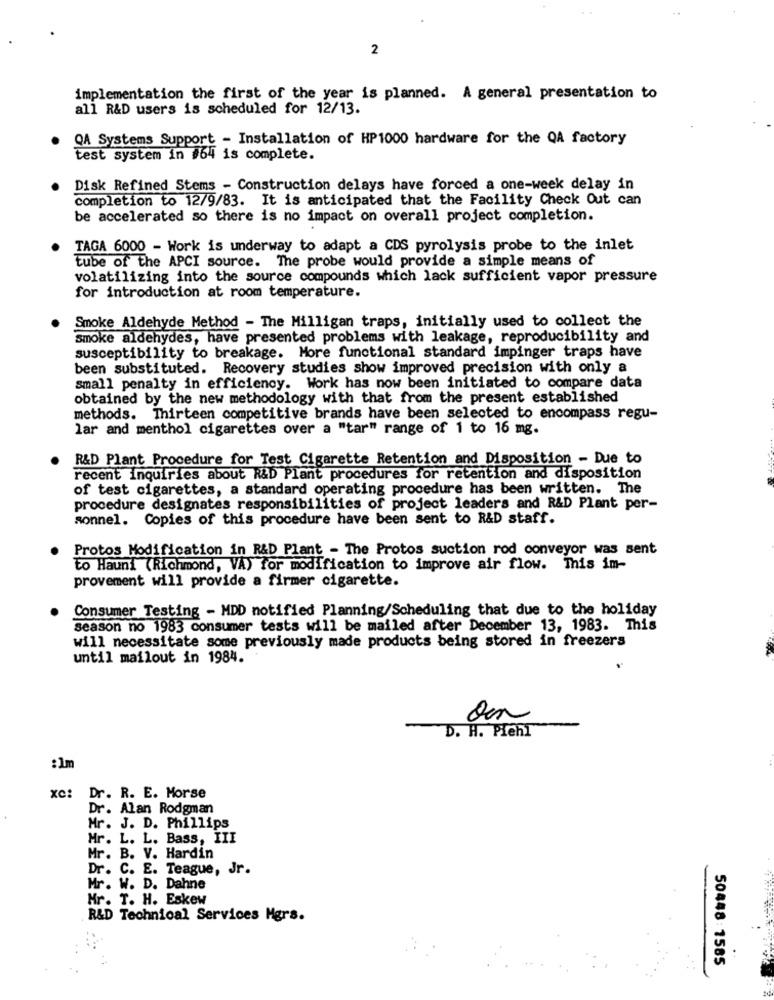
2
implementation the first of the year is planned. A general presentation to
all R&D users is scheduled for 12/13.
QA Systems Support - Installation of HP1000 hardware for the QA factory
test system in #64 is complete.
Disk Refined Stems - Construction delays have forced a one-week delay in
completion to 12/9/83. It is anticipated that the Facility Check Out can
be accelerated so there is no impact on overall project completion.
TAGA 6000 - Work is underway to adapt a CDS pyrolysis probe to the inlet
tube of the APCI source. The probe would provide a simple means of
volatilizing into the source compounds which lack sufficient vapor pressure
for introduction at room temperature.
Smoke Aldehyde Method - The Milligan traps, initially used to collect the
smoke aldehydes, have presented problems with leakage, reproducibility and
susceptibility to breakage. More functional standard impinger traps have
been substituted. Recovery studies show improved precision with only a
small penalty in efficiency. Work has now been initiated to compare data
obtained by the new methodology with that from the present established
methods. Thirteen competitive brands have been selected to encompass regu-
lar and menthol cigarettes over a "tar" range of 1 to 16 mg.
R&D Plant Procedure for Test Cigarette Retention and Disposition - Due to
recent inquiries about R&D Plant procedures for retention and disposition
of test cigarettes, a standard operating procedure has been written. The
procedure designates responsibilities of project leaders and R&D Plant per-
sonnel. Copies of this procedure have been sent to R&D staff.
Protos Modification in R&D Plant - The Protos suction rod conveyor was sent
to Hauni (Richmond, VA) for modification to improve air flow. This im-
provement will provide a firmer cigarette.
Consumer Testing - MDD notified Planning/Scheduling that due to the holiday
season no 1983 consumer tests will be mailed after December 13, 1983. This
will necessitate some previously made products being stored in freezers
until mailout in 1984.
D. H. Piehl
:1m
xc:
Dr. R. E. Morse
Dr. Alan Rodgman
Mr. J. D. Phillips
Mr. L. L. Bass, III
Mr. B. V. Hardin
Dr. C. E. Teague, Jr.
Mr. W. D. Dahne
Hr. T. H. Eskew
R&D Technical Services Mgrs.
50448:1585